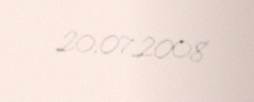
20.07.2008